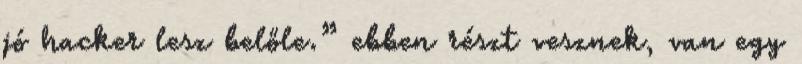
jó hacker lesz belőle.” ebben részt vesznek, van egy